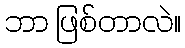
ဘာ ဖြစ်တာလဲ။